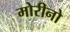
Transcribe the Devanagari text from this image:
मोरीनो